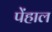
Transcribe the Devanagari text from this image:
पेंहाल